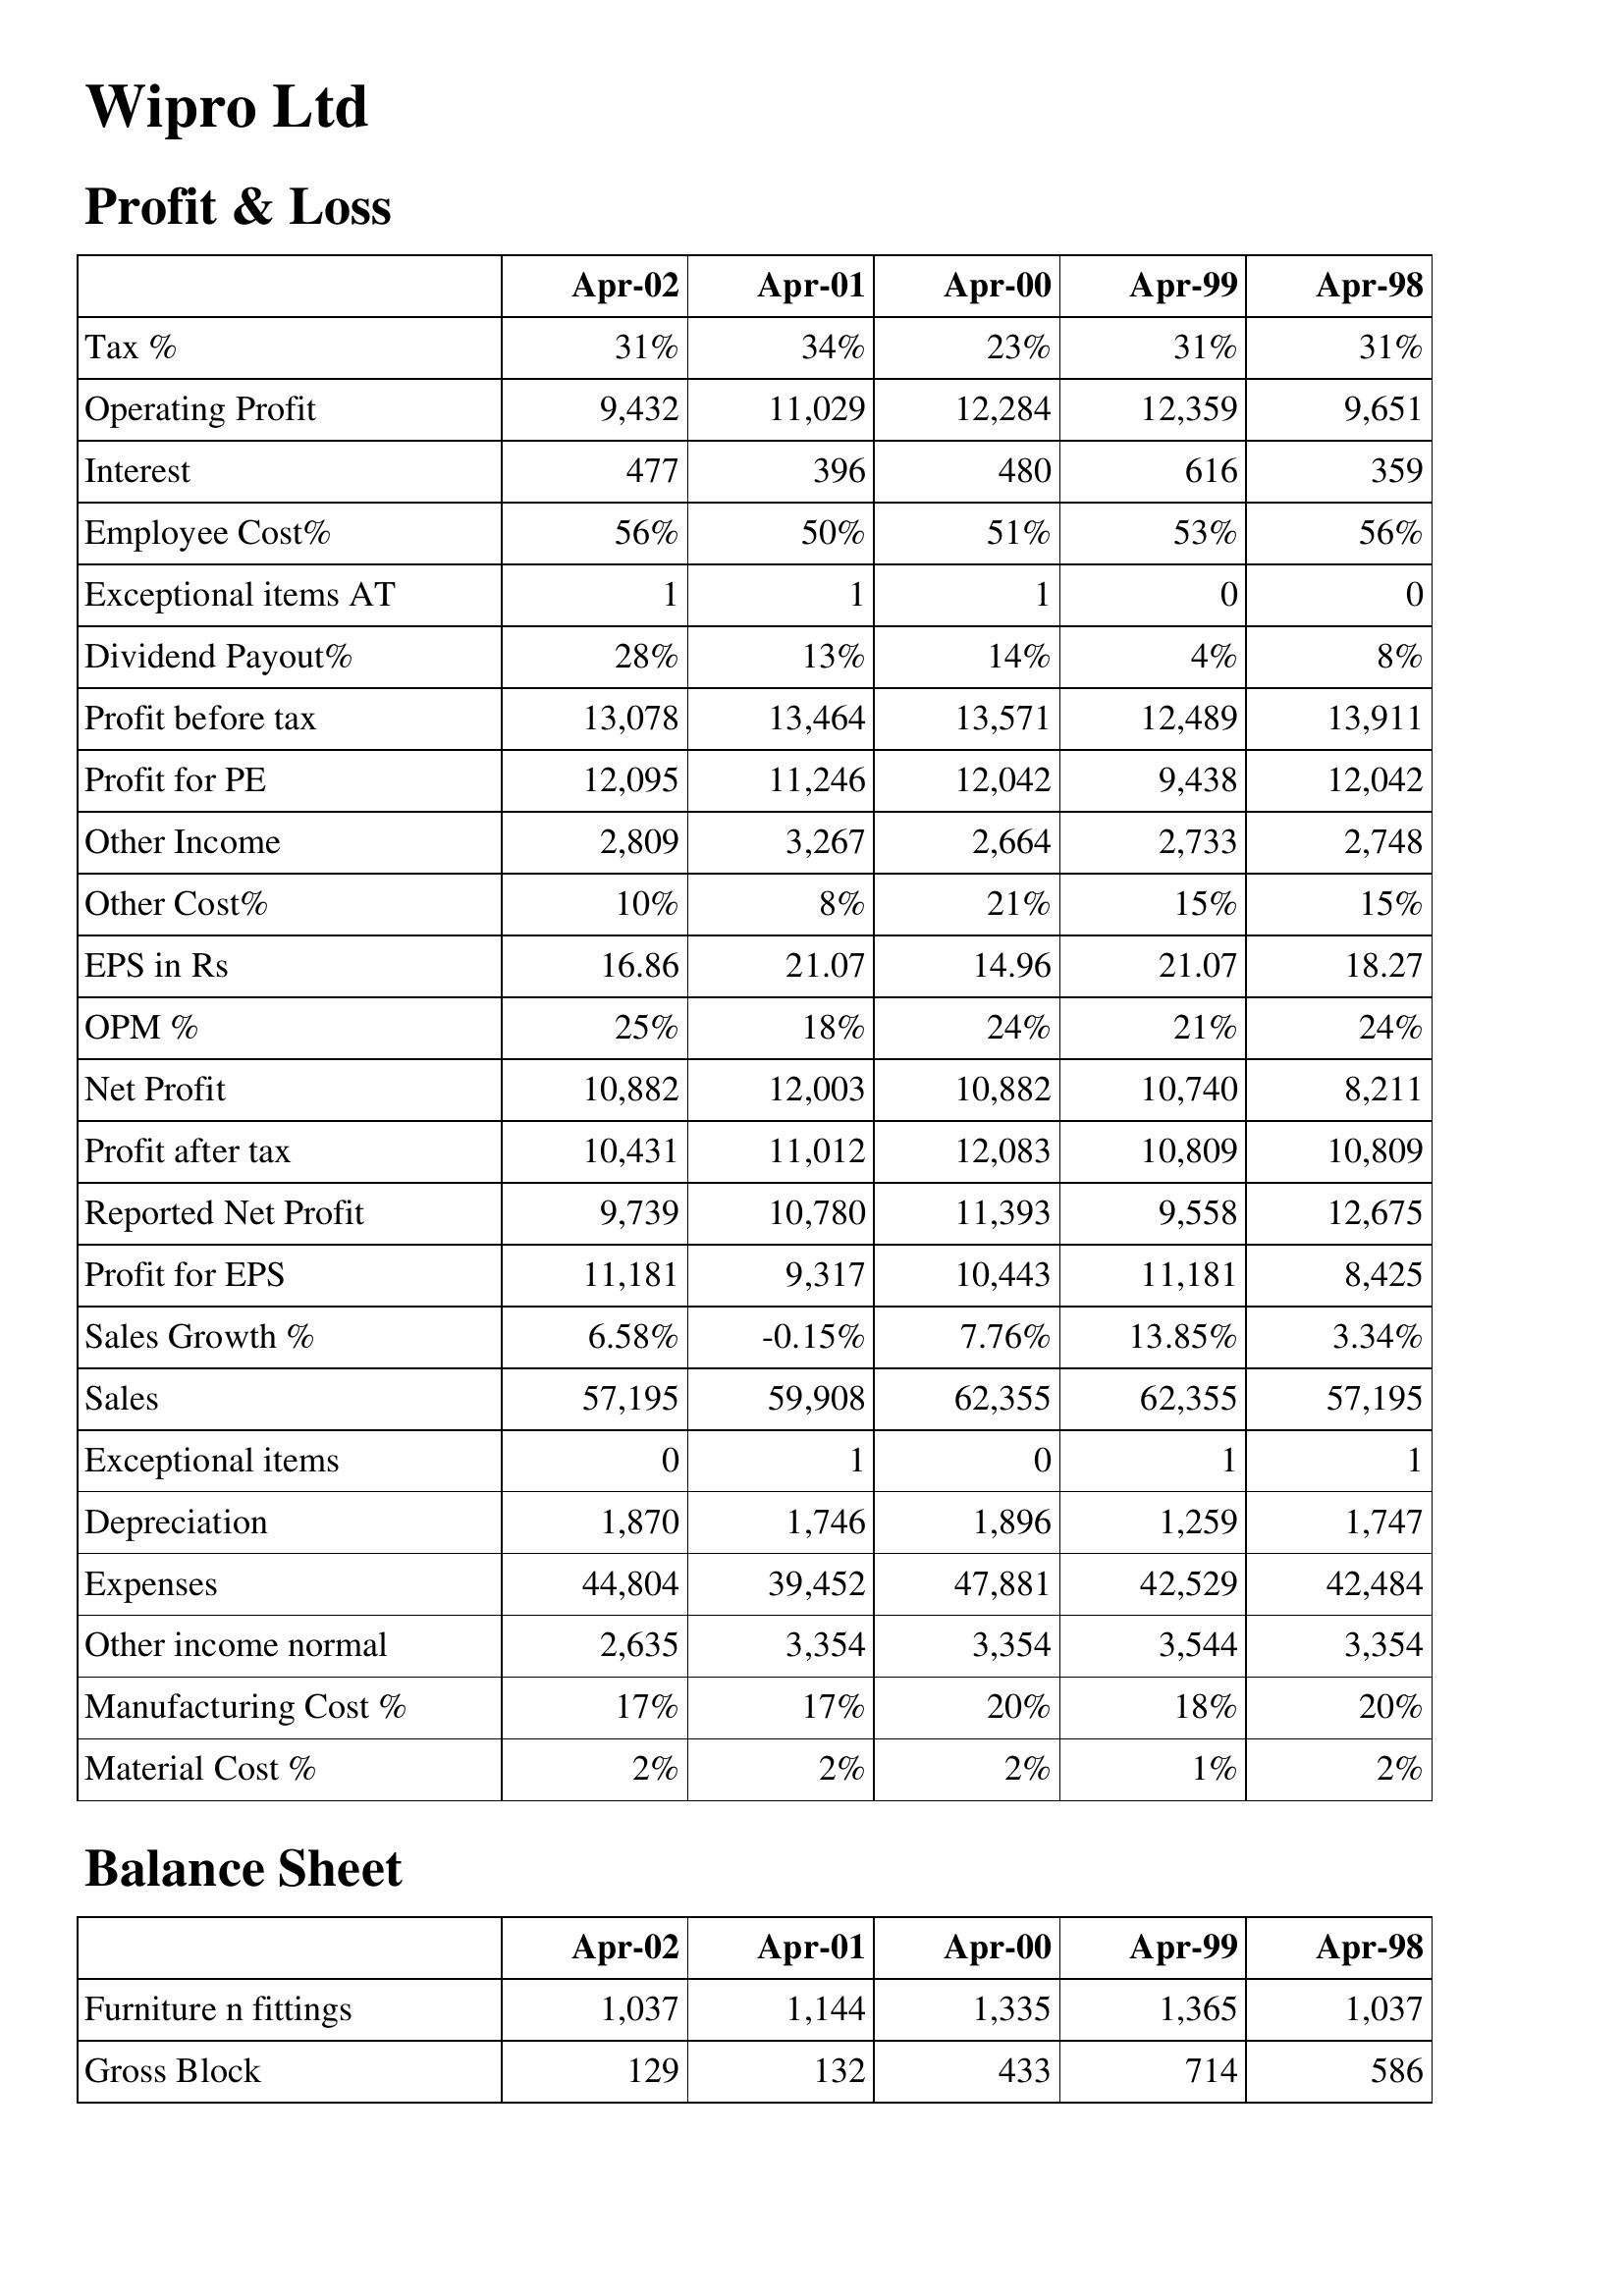
Apr-02: Profit & Loss: Tax %: 31%
Operating Profit: 9,432
Interest: 477
Employee Cost%: 56%
Exceptional items AT: 1
Dividend Payout%: 28%
Profit before tax: 13,078
Profit for PE: 12,095
Other Income: 2,809
Other Cost%: 10%
EPS in Rs: 16.86
OPM %: 25%
Net Profit: 10,882
Profit after tax: 10,431
Reported Net Profit: 9,739
Profit for EPS: 11,181
Sales Growth %: 6.58%
Sales: 57,195
Exceptional items: 0
Depreciation: 1,870
Expenses: 44,804
Other income normal: 2,635
Manufacturing Cost %: 17%
Material Cost %: 2%
Balance Sheet: Furniture n fittings: 1,037
Gross Block: 129
Apr-01: Profit & Loss: Tax %: 34%
Operating Profit: 11,029
Interest: 396
Employee Cost%: 50%
Exceptional items AT: 1
Dividend Payout%: 13%
Profit before tax: 13,464
Profit for PE: 11,246
Other Income: 3,267
Other Cost%: 8%
EPS in Rs: 21.07
OPM %: 18%
Net Profit: 12,003
Profit after tax: 11,012
Reported Net Profit: 10,780
Profit for EPS: 9,317
Sales Growth %: -0.15%
Sales: 59,908
Exceptional items: 1
Depreciation: 1,746
Expenses: 39,452
Other income normal: 3,354
Manufacturing Cost %: 17%
Material Cost %: 2%
Balance Sheet: Furniture n fittings: 1,144
Gross Block: 132
Apr-00: Profit & Loss: Tax %: 23%
Operating Profit: 12,284
Interest: 480
Employee Cost%: 51%
Exceptional items AT: 1
Dividend Payout%: 14%
Profit before tax: 13,571
Profit for PE: 12,042
Other Income: 2,664
Other Cost%: 21%
EPS in Rs: 14.96
OPM %: 24%
Net Profit: 10,882
Profit after tax: 12,083
Reported Net Profit: 11,393
Profit for EPS: 10,443
Sales Growth %: 7.76%
Sales: 62,355
Exceptional items: 0
Depreciation: 1,896
Expenses: 47,881
Other income normal: 3,354
Manufacturing Cost %: 20%
Material Cost %: 2%
Balance Sheet: Furniture n fittings: 1,335
Gross Block: 433
Apr-99: Profit & Loss: Tax %: 31%
Operating Profit: 12,359
Interest: 616
Employee Cost%: 53%
Exceptional items AT: 0
Dividend Payout%: 4%
Profit before tax: 12,489
Profit for PE: 9,438
Other Income: 2,733
Other Cost%: 15%
EPS in Rs: 21.07
OPM %: 21%
Net Profit: 10,740
Profit after tax: 10,809
Reported Net Profit: 9,558
Profit for EPS: 11,181
Sales Growth %: 13.85%
Sales: 62,355
Exceptional items: 1
Depreciation: 1,259
Expenses: 42,529
Other income normal: 3,544
Manufacturing Cost %: 18%
Material Cost %: 1%
Balance Sheet: Furniture n fittings: 1,365
Gross Block: 714
Apr-98: Profit & Loss: Tax %: 31%
Operating Profit: 9,651
Interest: 359
Employee Cost%: 56%
Exceptional items AT: 0
Dividend Payout%: 8%
Profit before tax: 13,911
Profit for PE: 12,042
Other Income: 2,748
Other Cost%: 15%
EPS in Rs: 18.27
OPM %: 24%
Net Profit: 8,211
Profit after tax: 10,809
Reported Net Profit: 12,675
Profit for EPS: 8,425
Sales Growth %: 3.34%
Sales: 57,195
Exceptional items: 1
Depreciation: 1,747
Expenses: 42,484
Other income normal: 3,354
Manufacturing Cost %: 20%
Material Cost %: 2%
Balance Sheet: Furniture n fittings: 1,037
Gross Block: 586